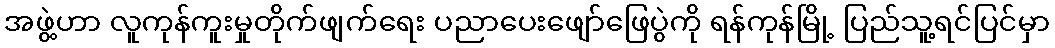
အဖွဲ့ဟာ လူကုန်ကူးမှုတိုက်ဖျက်ရေး ပညာပေးဖျော်ဖြေပွဲကို ရန်ကုန်မြို့ ပြည်သူ့ရင်ပြင်မှာ